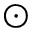
\odot